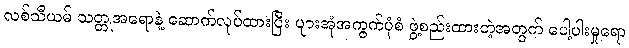
လစ်သီယမ် သတ္တုအရောနဲ့ ဆောက်လုပ်ထားပြီး ပျားအုံအကွက်ပုံစံ ဖွဲ့စည်းထားတဲ့အတွက် ပေါ့ပါးမှုရော